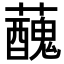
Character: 𧃝